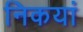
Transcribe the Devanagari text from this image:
निकयां